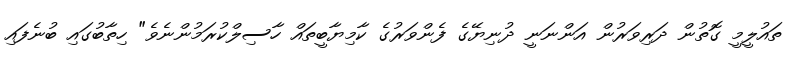
ތައުލީމީ ގޮތުން ދަރިވަރުން އަންނަނީ ދުނިޔޭގެ ފެންވަރުގެ ކާމިޔާބީތައް ހާސިލްކުރަމުންނެވެ" ހިތާބުގައި ބުނެފައި